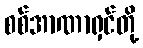
စစ်အာဏာရှင်တို့